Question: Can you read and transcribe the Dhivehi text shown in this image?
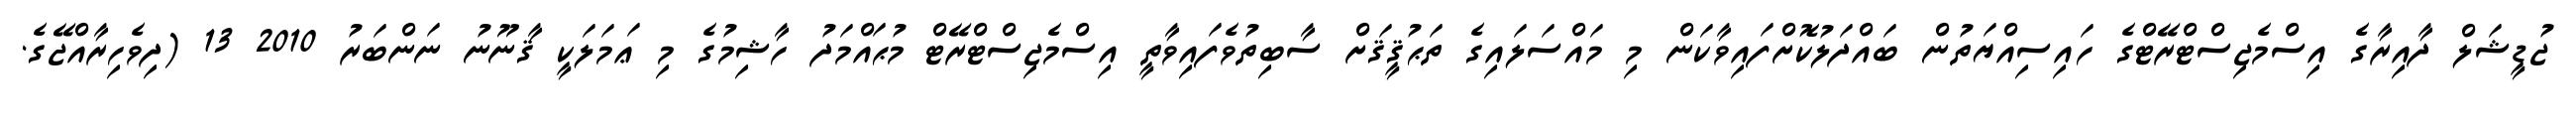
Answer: ޖުޑީޝަލް ދާއިރާގެ އިސްމެޖިސްޓްރޭޓްގެ ހައިސިއްޔަތުން ބައްދަލުކޮށްފައިވާކަން މި މައްސަލައިގެ ތަޙުޤީޤަށް ސާބިތުވެފައިވާތީ އިސްމެޖިސްޓްރޭޓް މުޙައްމަދު ހާޝިމުގެ މި ޢަމަލަކީ ޤާނޫނު ނަންބަރު 2010 13 (ދިވެހިރާއްޖޭގެ.